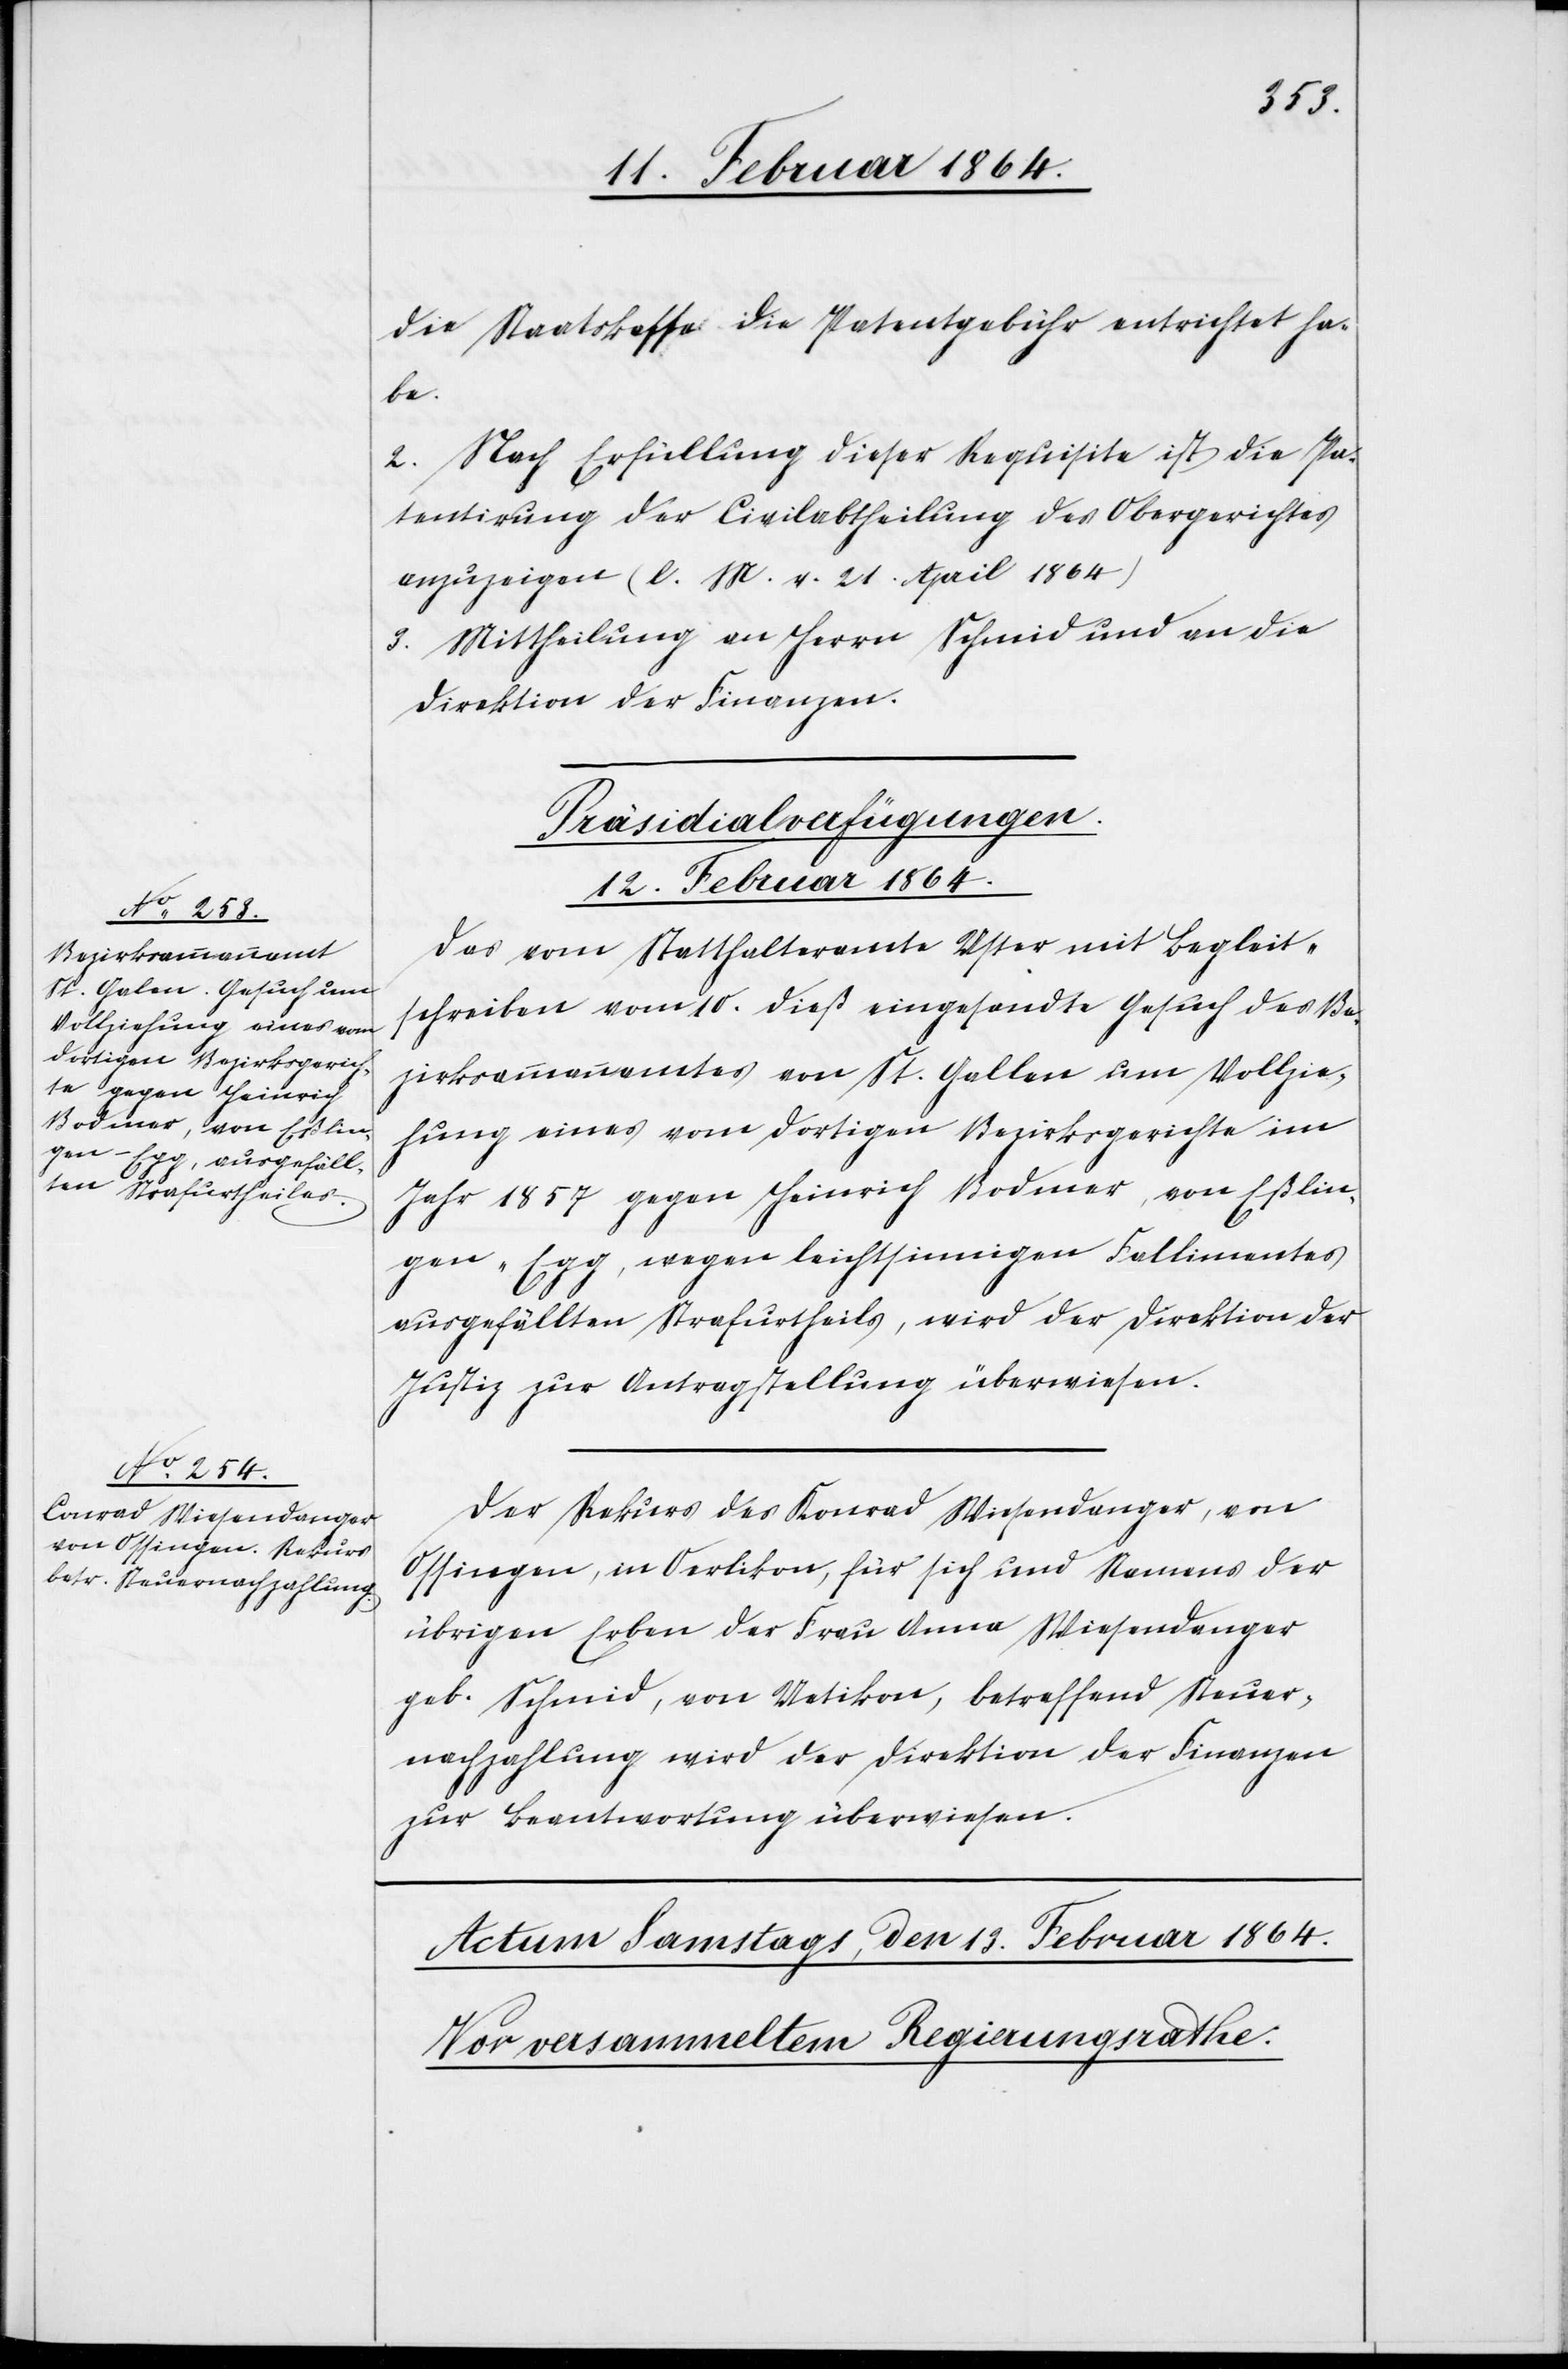
die Staatskasse die Patentgebühr entrichtet ha¬
be.
2. Nach Erfüllung dieser Requisite ist die Pa¬
tentirung der Civilabtheilung des Obergerichtes
anzuzeigen (l. M. v. 21. April 1864)
3. Mittheilung an Herrn Schmid und an die
Direktion der Finanzen.
[Präsidialverfügungen.
12. Februar 1864.]
Das vom Statthalteramte Uster mit Begleit¬
schreiben vom 10. dieß eingesandte Gesuch des Be¬
zirksammannamtes von St. Gallen um Vollzie¬
hung eines vom dortigen Bezirksgerichte im
Jahr 1857 gegen Heinrich Bodmer, von Eßlin¬
gen-Egg, wegen leichtsinnigen Fallimentes
ausgefällten Strafurtheils, wird der Direktion der
Justiz zur Antragstellung überwiesen..
Der Rekurs des Konrad Wiesendanger, von
Ossingen, in Oerlikon, für sich und Namens der
übrigen Erben der Frau Anna Wiesendanger
geb. Schmid, von Uetikon, betreffend Steuer¬
nachzahlung wird der Direktion der Finanzen
zur Beantwortung überwiesen.